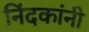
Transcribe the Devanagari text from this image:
निंदकांनी